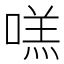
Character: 㗝